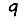
Digit: 9